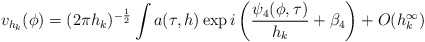
\begin{align*} v_{h_k}(\phi) = (2\pi h_k)^{-\frac{1}{2}}\int a(\tau,h) \exp i\left( \frac{\psi_4(\phi,\tau)}{h_k} + \beta_4 \right) + O(h_k^\infty)\end{align*}